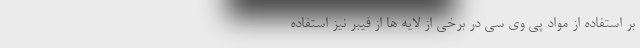
بر استفاده از مواد پی وی سی در برخی از لایه ها از فیبر نیز استفاده